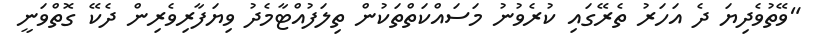
"ވޭތުވެދިޔަ ދެ އަހަރު ތެރޭގައި ކުރެވުނު މަސައްކަތްތަކުން ތިލަފުއްޓާމެދު ވިޔަފާރިވެރިން ދެކޭ ގޮތްވަނީ